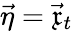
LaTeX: \vec{\eta}=\vec{\mathfrak{x}}_{t}